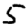
Digit: 5